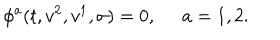
LaTeX: \phi ^ { a } ( t , v ^ { 2 } , v ^ { 1 } , \sigma ) = 0 , \ \; a = 1 , 2 .